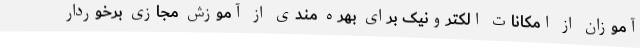
آموزان از امکانات الکترونیک برای بهره مندی از آموزش مجازی برخوردار